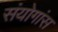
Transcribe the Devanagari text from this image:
संयोगांस